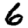
Digit: 6